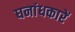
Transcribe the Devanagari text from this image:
घनांधकारें